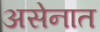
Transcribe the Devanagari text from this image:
असेनात